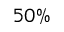
5 0 \%